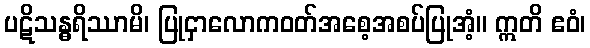
ပဋိသန္ဓရိဿာမိ၊ ပြုငှာလောကဝတ်အစေ့အစပ်ပြုအံ့။ ဣတိ ဧဝံ၊